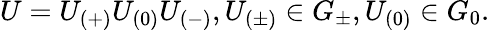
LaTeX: U=U_{(+)}U_{(0)}U_{(-)},U_{(\pm)}\in G_{\pm},U_{(0)}\in G_{0}.